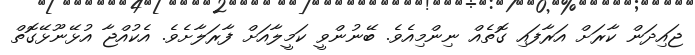
ޖައިދަން ކާރަށް އަރާފައި ގޮތެއް ނިންމިއެވެ. ބޭނުންވީ ކަމީލާއަށް ފާރަލާށެވެ. އެކުއްޖާ އުޅޭނޫޅޭގޮތް